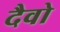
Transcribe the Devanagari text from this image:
दैवो